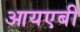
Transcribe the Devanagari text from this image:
आयएबी